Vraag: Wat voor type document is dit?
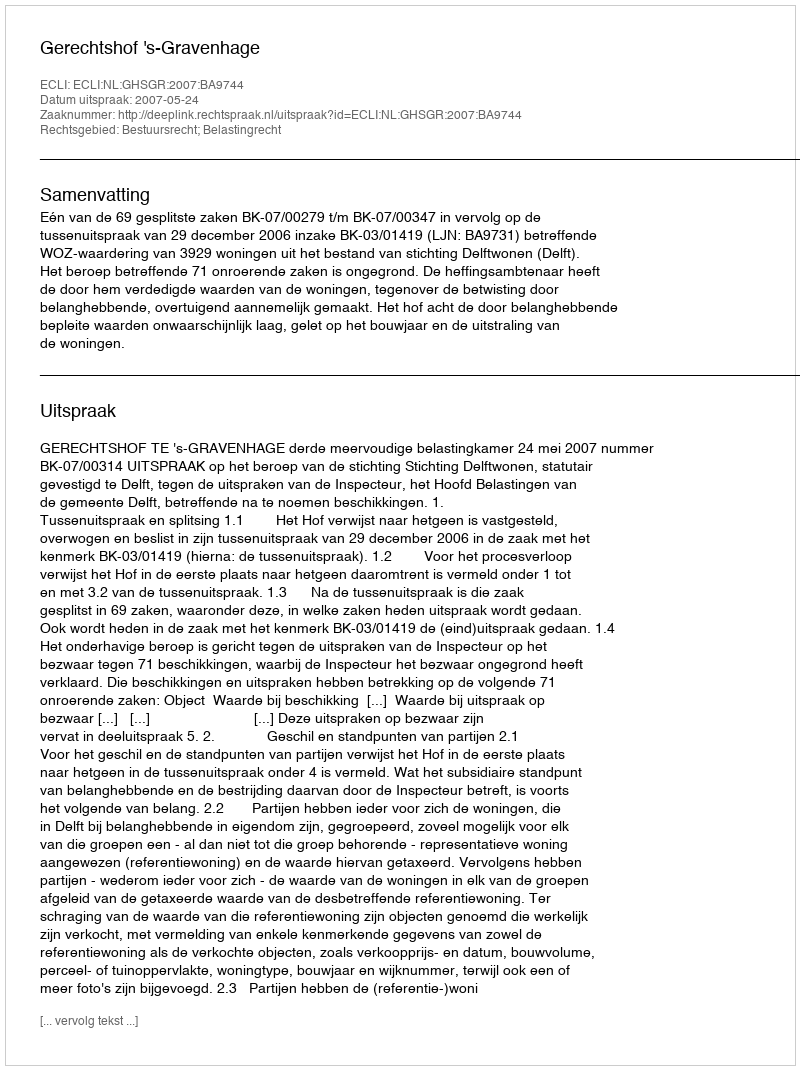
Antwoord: Uitspraak